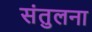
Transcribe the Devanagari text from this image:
संतुलना